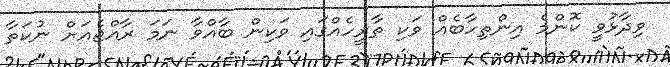
ވިދާޅުވީ ކޮންމެ އިންތިހާބެއް ވަކި ތާރީހެއްގައި ވަކިން ބާއްވާ ނަމަ ރާއްޖެއަށް ނުކަތާ